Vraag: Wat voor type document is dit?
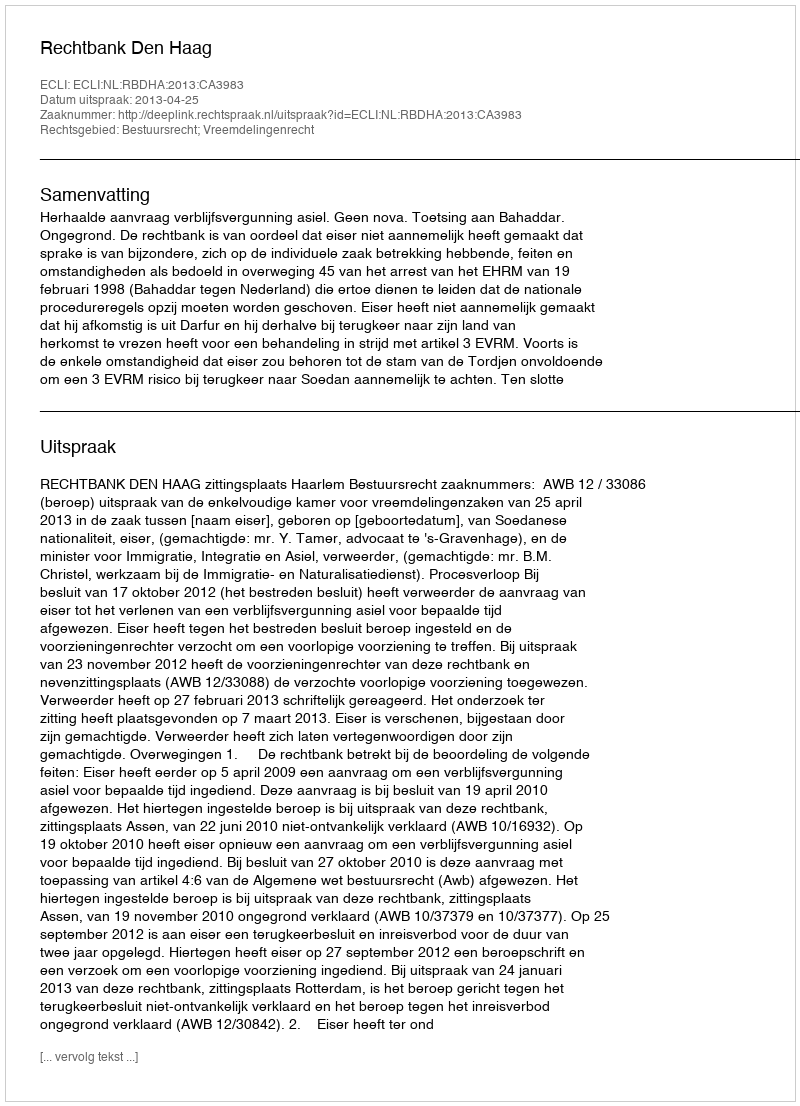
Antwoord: Uitspraak